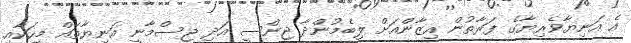
އެ އަނިޔާވެރިޔާގެ ފަރާތުން އިޒާންއަށް ލިބެމުންދާ ޖިންސީ އަދި ޖިސްމާނީ އަނިޔާތައް މީހަކާއި